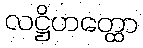
လဋ္ဌိဟတ္ထော